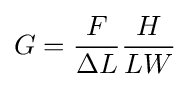
G={\frac {F}{\Delta L}}{\frac {H}{LW}}